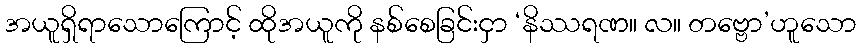
အယူရှိရာသောကြောင့် ထိုအယူကို နစ်စေခြင်းငှာ ‘နိဿရဏ။ လ။ တဗ္ဗော’ဟူသော